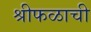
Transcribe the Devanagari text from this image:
श्रीफळाची